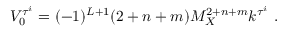
V _ { 0 } ^ { \tau ^ { i } } = ( - 1 ) ^ { L + 1 } ( 2 + n + m ) M _ { X } ^ { 2 + n + m } k ^ { \tau ^ { i } } ~ . ~ \,